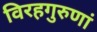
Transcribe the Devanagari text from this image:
विरहगुरुणां